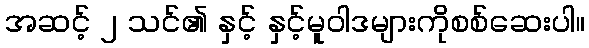
အဆင့် ၂ သင်၏ နှင့် နှင့်မူဝါဒများကိုစစ်ဆေးပါ။